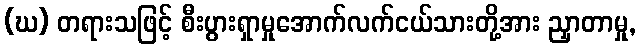
(ဃ) တရားသဖြင့် စီးပွားရှာမှုအောက်လက်ငယ်သားတို့အား ညှာတာမှု,